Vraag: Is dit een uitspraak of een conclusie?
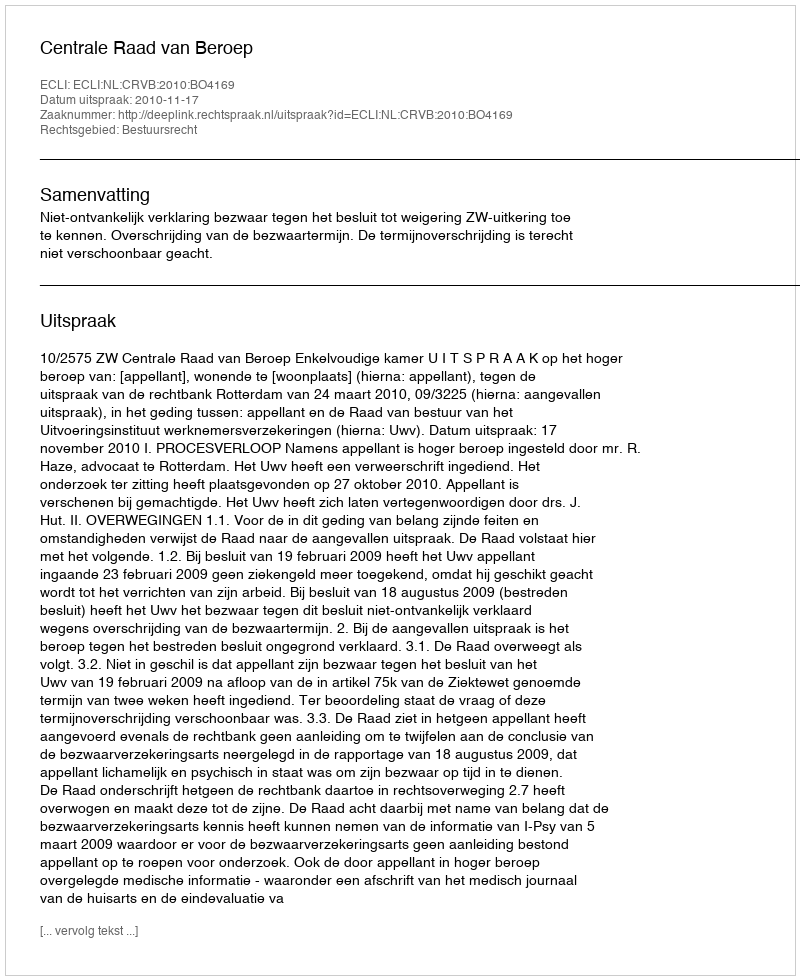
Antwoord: Uitspraak